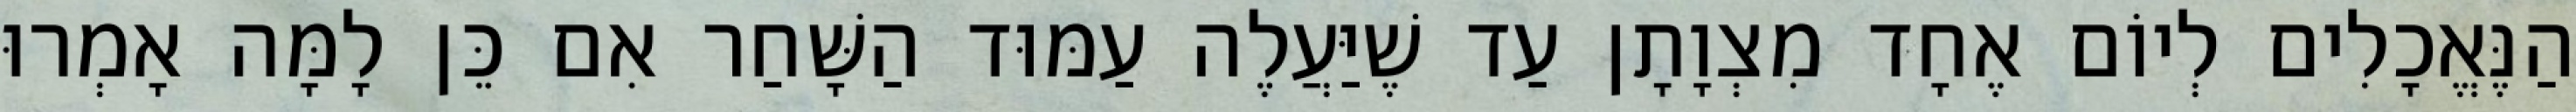
הַנֶּאֱכָלִים לְיוֹם אֶחָד מִצְוָתָן עַד שֶׁיַּעֲלֶה עַמּוּד הַשָּׁחַר אִם כֵּן לָמָּה אָמְרוּ